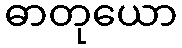
ဓာတုယော